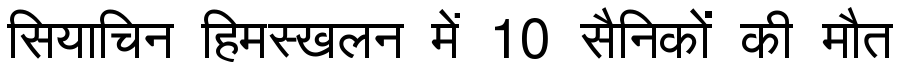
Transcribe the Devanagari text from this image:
सियाचिन हिमस्खलन में 10 सैनिकों की मौत